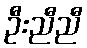
ဦးညီညီ